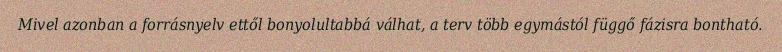
Mivel azonban a forrásnyelv ettől bonyolultabbá válhat, a terv több egymástól függő fázisra bontható.